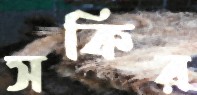
সকির